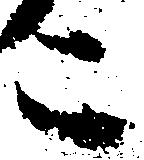
こ